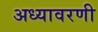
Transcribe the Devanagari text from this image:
अध्यावरणी